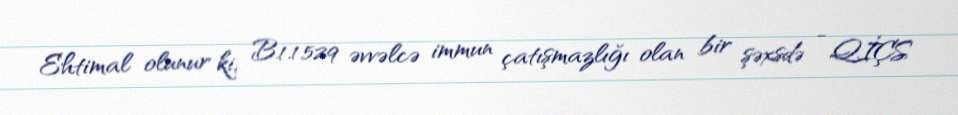
Ehtimal olunur ki, B.1.1.529 əvvəlcə immun çatışmazlığı olan bir şəxsdə - QİÇS